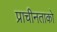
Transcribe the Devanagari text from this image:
प्राचीनताको